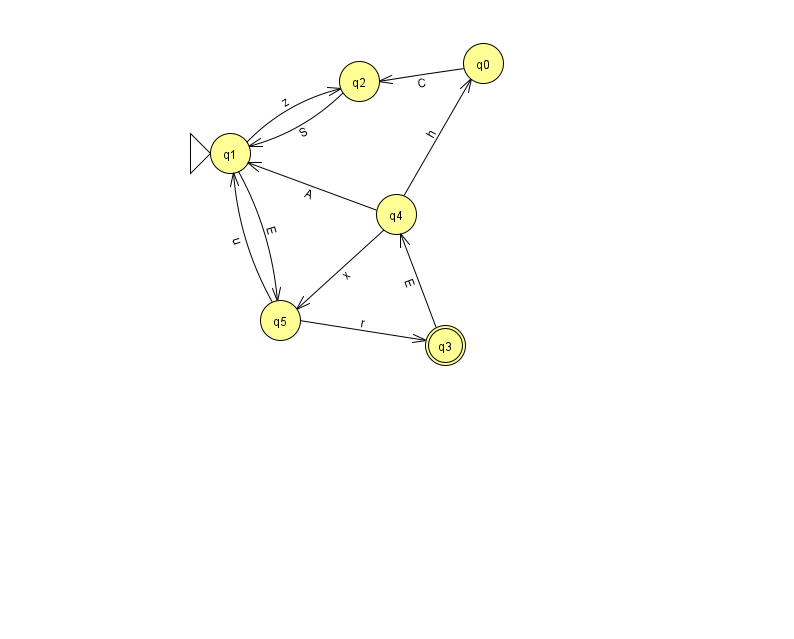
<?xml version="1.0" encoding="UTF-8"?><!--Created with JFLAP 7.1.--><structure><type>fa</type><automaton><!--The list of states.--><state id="0" name="q0"><x>483.0</x><y>50.0</y></state><state id="1" name="q1"><x>230.0</x><y>140.0</y><initial/></state><state id="2" name="q2"><x>359.0</x><y>68.0</y></state><state id="3" name="q3"><x>445.0</x><y>332.0</y><final/></state><state id="4" name="q4"><x>396.0</x><y>201.0</y></state><state id="5" name="q5"><x>280.0</x><y>307.0</y></state><!--The list of transitions.--><transition><from>1</from><to>5</to><read>E</read></transition><transition><from>5</from><to>1</to><read>u</read></transition><transition><from>3</from><to>4</to><read>E</read></transition><transition><from>4</from><to>5</to><read>x</read></transition><transition><from>2</from><to>1</to><read>S</read></transition><transition><from>5</from><to>3</to><read>r</read></transition><transition><from>4</from><to>1</to><read>A</read></transition><transition><from>0</from><to>2</to><read>C</read></transition><transition><from>4</from><to>0</to><read>h</read></transition><transition><from>1</from><to>2</to><read>z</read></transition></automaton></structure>